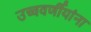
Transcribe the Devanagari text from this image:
उच्चवर्णीयांना